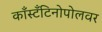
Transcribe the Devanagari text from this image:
काँस्टँटिनोपोलवर